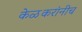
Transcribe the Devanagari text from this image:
केळकरांनीच